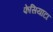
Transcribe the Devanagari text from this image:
फेसियाटा